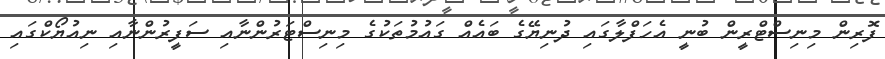
ފޮރިން މިނިސްޓްރީން ބުނީ އެހަފްލާގައި ދުނިޔޭގެ ބައެއް ގައުމުތަކުގެ މިނިސްޓަރުންނާއި ސަފީރުންނާއި ނިއުޔޯކްގައި